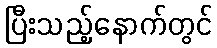
ပြီးသည့်နောက်တွင်